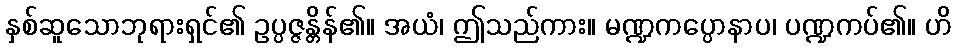
နှစ်ဆူသောဘုရားရှင်၏ ဥပ္ပဇ္ဇန္တိန်၏။ အယံ၊ ဤသည်ကား။ မဏ္ဍကပ္ပောနာပ၊ ပဏ္ဍကပ်၏။ ဟိ